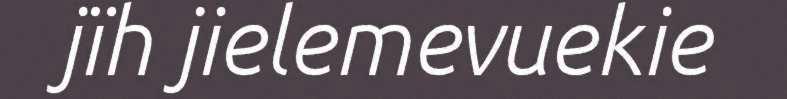
jïh jielemevuekie